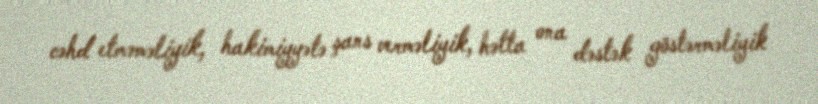
cəhd etməməliyik, hakimiyyətə şans verməliyik, hətta ona dəstək göstərməliyik